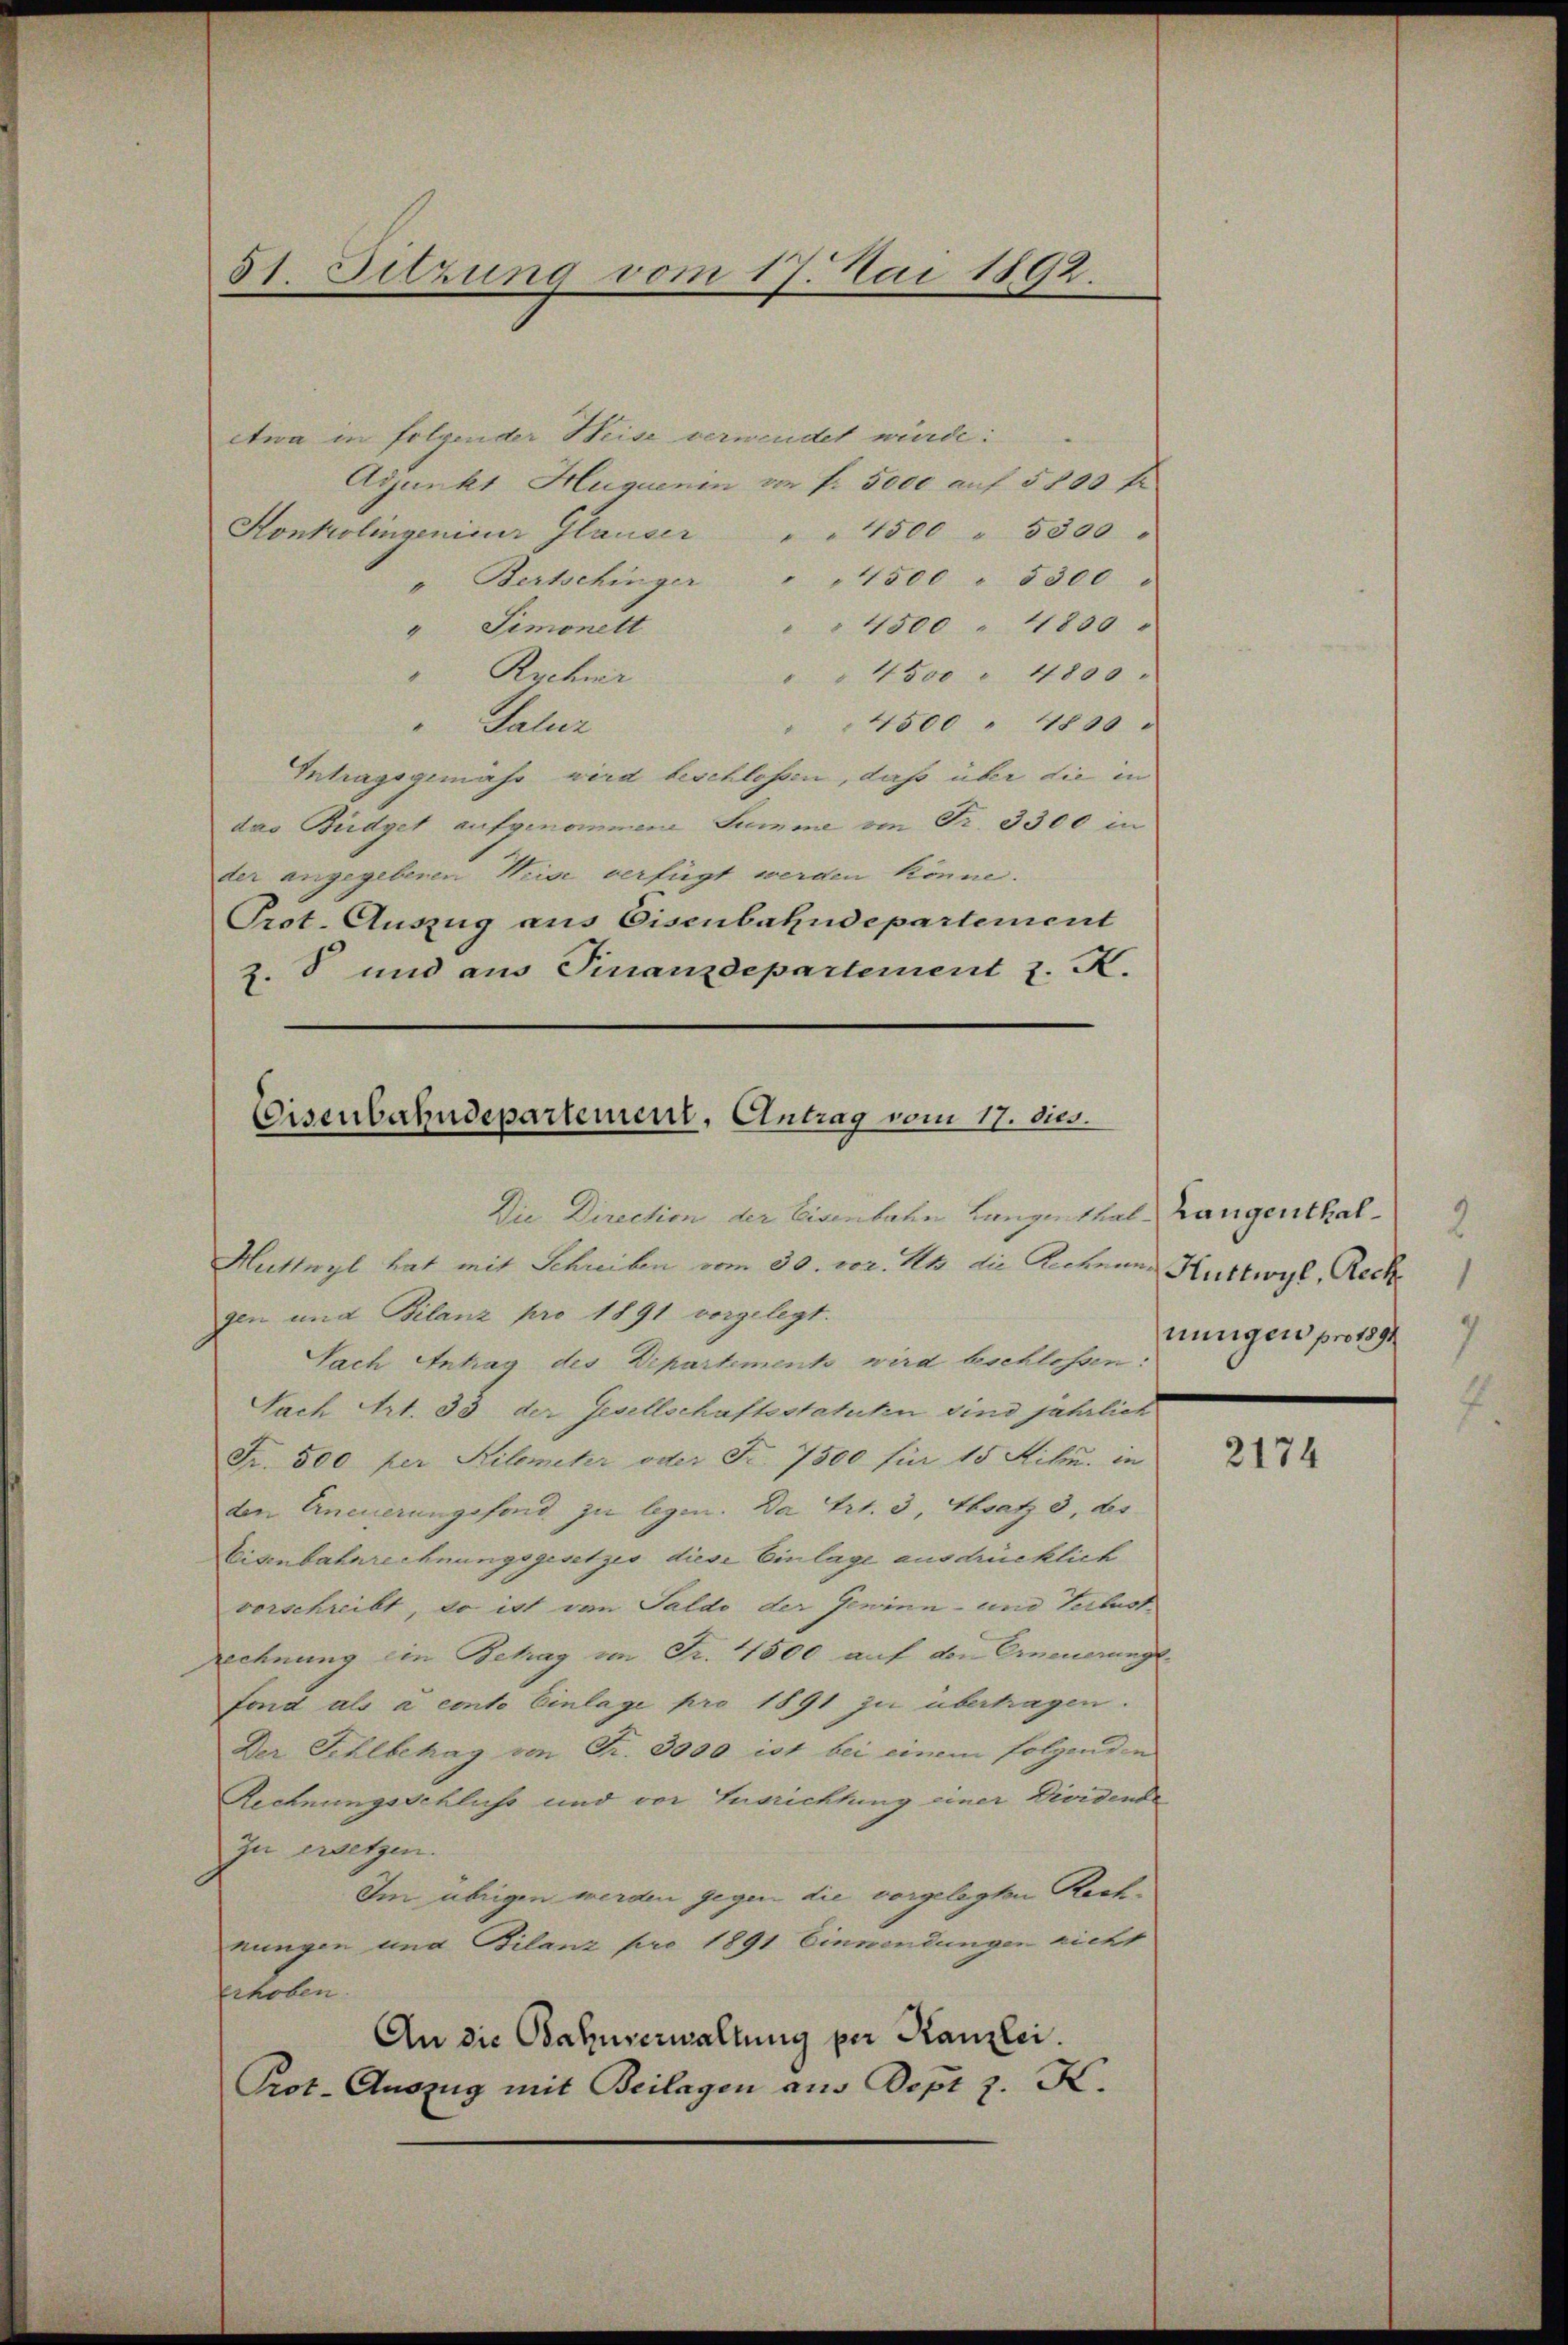
31. Sitzung vom 17. Mai 1892.

etwa in folgender Weise verwendet wurde:
Adjunkt Huquenin von fr. 5000 auf 5800 fr
Konkolingenieur Glauser " " 4500 " 5300 "
" Bertschinger " " 1500 " 8300
 4500 " 4850
Simonett
4
Rechner
" " 4500 " 4800 "
" 4500 " 4800
Salur
Intragsgemäss wird beschlossen, daß über die in
das Büdget aufgenommene Summe von Fr. 3300 in
der angegebenen Weise verfügt werden könne.
Prot. Auszug aus Eisenbahndepartement
Z. 8 und aus Finanzdepartement z. K.

Eisenbahndepartement, Antrag vom 17. dies.
Die Direction der Eisenbahn Langenthal Langenthal

Huttwyl hat mit Schreiben vom 30. vor. h. die Rechnung Kuttwyl, Rech
gen und Bilanz pro 1891 vorgelegt.
Sach Antrag des Departement wird beschlossen:
Sach Art. 33 der Gesellschaftestatuten sind jährlich
Fr. 500 per Kilometer oder Fr. 7500 für 15 Kiku. in
den Erneuerungsfond zu legen. Da Art. 3, Absatz 3, des
Eisenbahnrechnungsgesetzes diese Einlage ausdrücklich
vorschreibt, so ist von Saldo der Gewinn- und Verlustzechnung ein Betrag im Fr. 4500 auf den Erneuerung
fond als a conto Einlage pro 1891 zu übertragen.
Der Schlbehag von Fr. 3000 ist bei einem folgenden
Rechnungsschluß und vor Ausrichtung einer Dividende
Zu ersetzen.
Im übrigen werden gegen die vorgelegten Rechnungen und Bilanz pro 1891 Einwendungen nicht
Echolen.
An die Bahnverwaltung per Kanzlei.
Prot. Auszug mit Beilagen aus Dept z. K.

nungen pro 189

2174